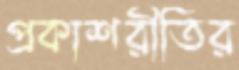
প্রকাশরীতির